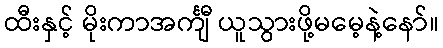
ထီးနှင့် မိုးကာအင်္ကျီ ယူသွားဖို့မမေ့နဲ့နော်။